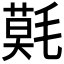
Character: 𣯳